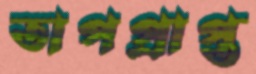
তাপপ্রাপ্ত